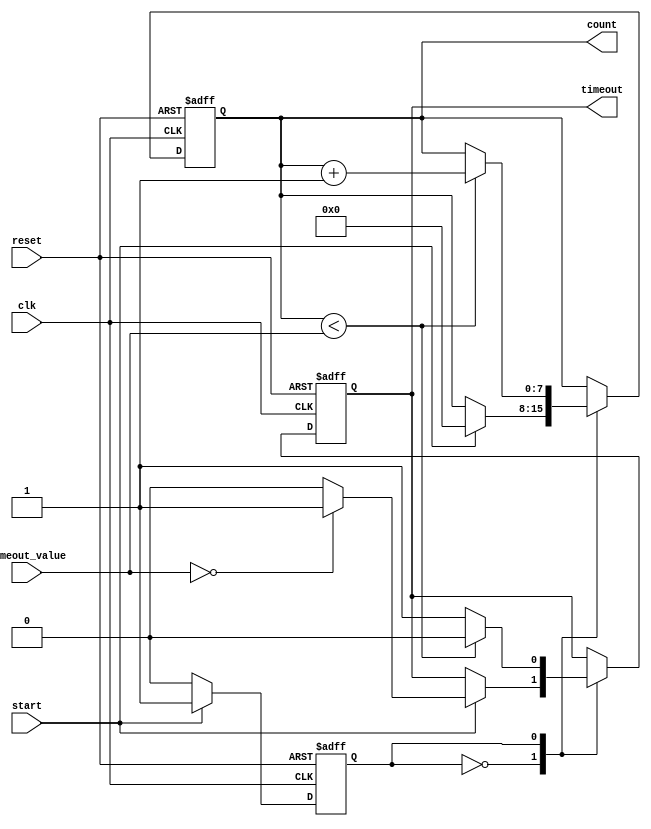
module Time_Out_Counter #(
    parameter COUNTER_WIDTH = 8 // Adjust the width based on maximum timeout_value
)(
    input wire clk,                  // Clock signal
    input wire reset,                // Asynchronous reset signal
    input wire start,                // Signal to initiate counting
    input wire [COUNTER_WIDTH-1:0] timeout_value, // Programmable timeout value
    output reg timeout,              // Timeout output signal
    output reg [COUNTER_WIDTH-1:0] count // Current counter value
);

// State definitions
localparam IDLE = 1'b0;
localparam COUNTING = 1'b1;

reg state; // Current state of the counter

// Asynchronous Reset and State Transition
always @(posedge clk or posedge reset) begin
    if (reset) begin
        count <= 0;
        timeout <= 1'b0;
        state <= IDLE;
    end else begin
        case (state)
            IDLE: begin
                if (start) begin
                    count <= 0;
                    timeout <= (timeout_value == 0) ? 1'b1 : 1'b0; // Assert timeout if timeout_value is 0
                    state <= COUNTING;
                end
            end
            
            COUNTING: begin
                if (count < timeout_value) begin
                    count <= count + 1;
                    timeout <= 1'b0; // Keep timeout low until maximum value reached
                end else begin
                    timeout <= 1'b1; // Assert timeout when counter reaches timeout_value
                end
                
                // Check for start signal to stay in counting mode
                if (!start) begin
                    state <= IDLE; // Return to idle if start is deactivated
                end
            end
            
            default: state <= IDLE; // Default safety state
        endcase
    end
end

endmodule